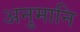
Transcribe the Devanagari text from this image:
अनुमानि